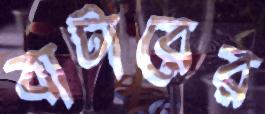
বাটারের